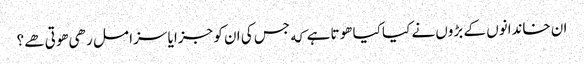
ان خاندانوں کے بڑوں نے کیا کیا هوتا ہے که جس کی ان کو جزا یا سزا مل رهی هوتی هے؟